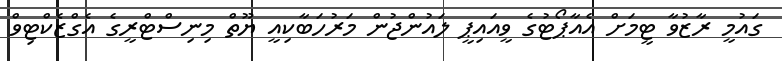
ގައުމީ ރާޒުވާ ޓީމަށް އެއާޕޯޓުގެ ވީއައިޕީ ލައުންޖުން މަރުހަބާކިއީ ޔޫތް މިނިސްޓްރީގެ އެގްޒެކްޓިވް